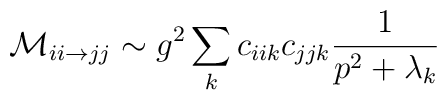
{\cal M}_{ii \rightarrow jj} \sim g^2 \sum_{k} c_{iik} c_{jjk} \frac{1}{p^2 + \lambda_k}